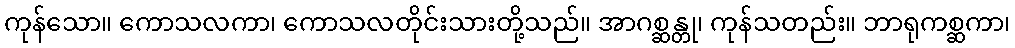
ကုန်သော။ ကောသလကာ၊ ကောသလတိုင်းသားတို့သည်။ အာဂစ္ဆန္တု၊ ကုန်သတည်း။ ဘာရုကစ္ဆကာ၊